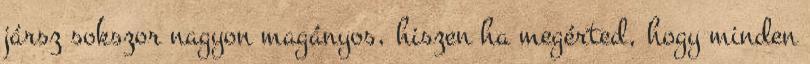
jársz sokszor nagyon magányos, hiszen ha megérted, hogy minden